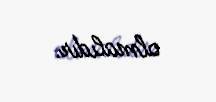
olmalıdır.